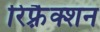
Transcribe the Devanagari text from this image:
रिफ़्रैक्शन